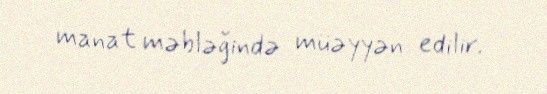
manat məbləğində müəyyən edilir.